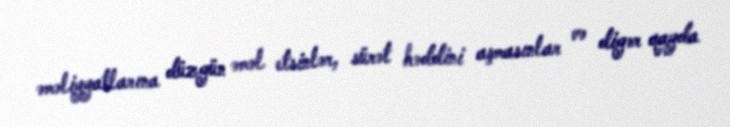
əməliyyatlarına düzgün əməl etsinlər, sürət həddini aşmasınlar və digər qayda